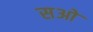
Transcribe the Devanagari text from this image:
सओ